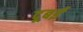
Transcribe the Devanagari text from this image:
दूबई